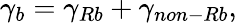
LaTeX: \gamma_{b}=\gamma_{Rb}+\gamma_{non-Rb},